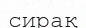
сирақ